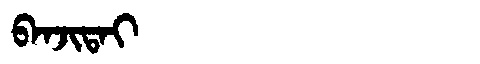
Manchu: ᠪᠠᠨᠵᡳᡨᠠᡳ
Romanization: BANJITAI